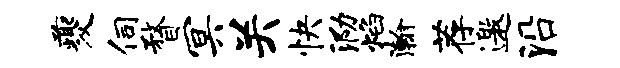
夔伺瞀冥关快泐焰瀚荐邀沿